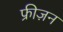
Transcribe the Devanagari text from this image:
फ्रीज़न